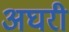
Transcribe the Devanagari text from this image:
अघरी